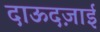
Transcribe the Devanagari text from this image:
दाऊदज़ाई